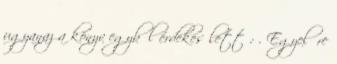
ugyanaz a könyv egyből érdekes lett : . Egyelőre